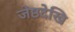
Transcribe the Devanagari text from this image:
जेष्ठदेखि